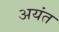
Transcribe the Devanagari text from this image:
अयंत